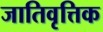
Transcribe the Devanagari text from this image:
जातिवृत्तिक